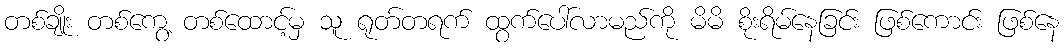
တစ်ချိုး တစ်ကွေ့ တစ်ထောင့်မှ သူ ရုတ်တရက် ထွက်ပေါ်လာမည်ကို မိမိ စိုးရိမ်နေခြင်း ဖြစ်ကောင်း ဖြစ်နေ